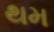
થમ